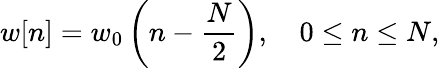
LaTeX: w[n]=w_{0}\left(n-{\frac{N}{2}}\right),\quad 0\leq n\leq N,